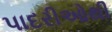
પાદરીઓથી